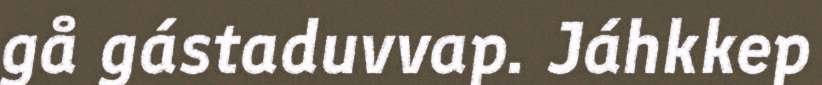
gå gástaduvvap. Jáhkkep